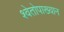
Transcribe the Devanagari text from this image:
श्वेतोपाख्यान